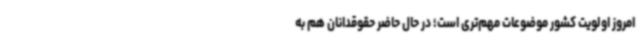
امروز اولویت کشور موضوعات مهم‌تری است؛ در حال حاضر حقوقدانان هم به